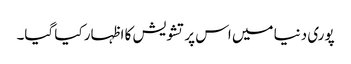
پوری دنیا میں اس پر تشویش کا ا ظہار کیا گیا۔